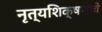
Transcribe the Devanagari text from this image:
नृत्यशिक्षणाचे